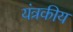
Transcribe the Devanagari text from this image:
यंत्रकीय